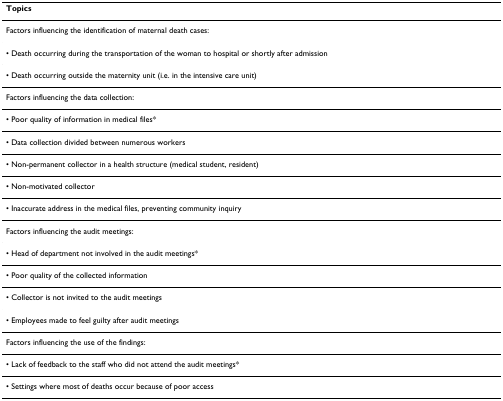
| Topics |
 | --- |
 | Factors influencing the identification of maternal death cases: |
 | • Death occurring during the transportation of the woman to hospital or shortly after admission |
 | • Death occurring outside the maternity unit (i.e. in the intensive care unit) |
 | Factors influencing the data collection: |
 | • Poor quality of information in medical files* |
 | • Data collection divided between numerous workers |
 | • Non-permanent collector in a health structure (medical student, resident) |
 | • Non-motivated collector |
 | • Inaccurate address in the medical files, preventing community inquiry |
 | Factors influencing the audit meetings: |
 | • Head of department not involved in the audit meetings* |
 | • Poor quality of the collected information |
 | • Collector is not invited to the audit meetings |
 | • Employees made to feel guilty after audit meetings |
 | Factors influencing the use of the findings: |
 | • Lack of feedback to the staff who did not attend the audit meetings* |
 | • Settings where most of deaths occur because of poor access |